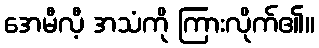
အေမီလီ့ အသံကို ကြားလိုက်၏။